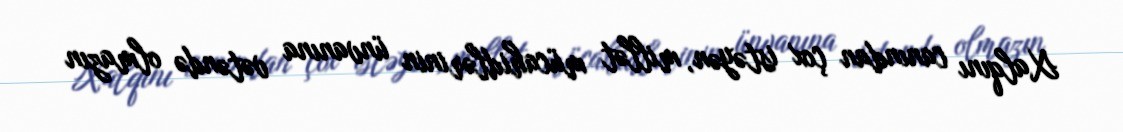
Xalqını canından çox istəyən, millət mücahidlərinin ünvanına vətəndə olmazın